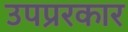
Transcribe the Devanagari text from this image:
उपप्ररकार